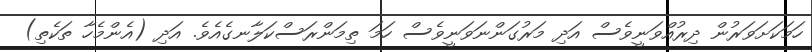
ހަމަކަށަވަރުން ދިރުއްވަނީވެސް އަދި މަރުގަންނަވަނީވެސް ހަމަ ތިމަންރަސްކަލާނގެއެވެ. އަދި (އެންމެހާ ތަކެތި)